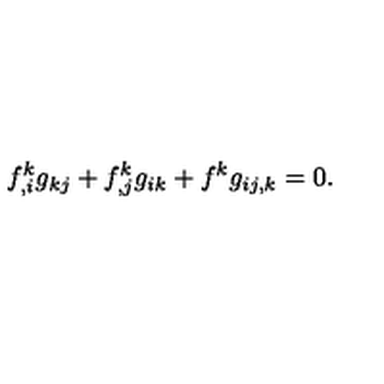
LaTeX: f _ { , i } ^ { k } g _ { k j } + f _ { , j } ^ { k } g _ { i k } + f ^ { k } g _ { i j , k } = 0 .